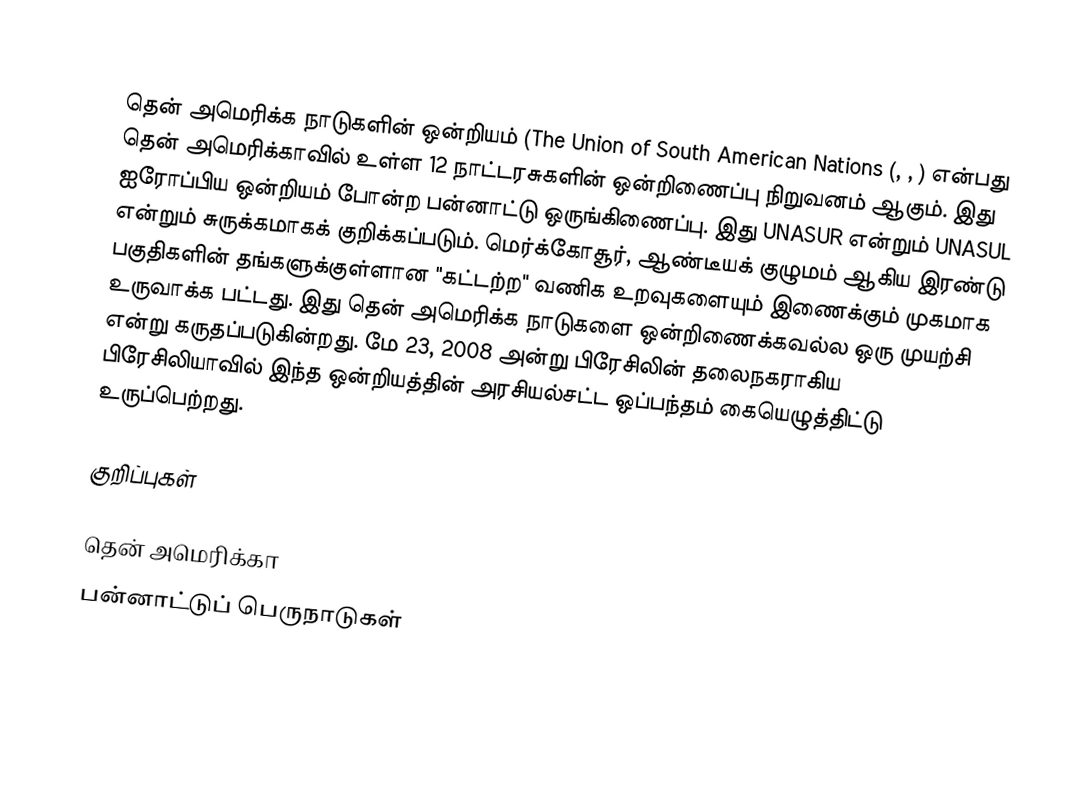

தென் அமெரிக்க நாடுகளின் ஒன்றியம் (The Union of South American Nations (, ,  ) என்பது தென் அமெரிக்காவில் உள்ள 12 நாட்டரசுகளின் ஒன்றிணைப்பு நிறுவனம் ஆகும். இது ஐரோப்பிய ஒன்றியம் போன்ற பன்னாட்டு ஒருங்கிணைப்பு. இது UNASUR என்றும் UNASUL என்றும் சுருக்கமாகக் குறிக்கப்படும். மெர்க்கோசூர், ஆண்டீயக் குழுமம் ஆகிய இரண்டு பகுதிகளின் தங்களுக்குள்ளான "கட்டற்ற" வணிக உறவுகளையும் இணைக்கும் முகமாக உருவாக்க பட்டது. இது தென் அமெரிக்க நாடுகளை ஒன்றிணைக்கவல்ல ஒரு முயற்சி என்று கருதப்படுகின்றது. மே 23, 2008 அன்று பிரேசிலின் தலைநகராகிய பிரேசிலியாவில் இந்த ஒன்றியத்தின் அரசியல்சட்ட ஒப்பந்தம் கையெழுத்திட்டு உருப்பெற்றது.

குறிப்புகள்

தென் அமெரிக்கா
பன்னாட்டுப் பெருநாடுகள்